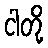
ငါတို့